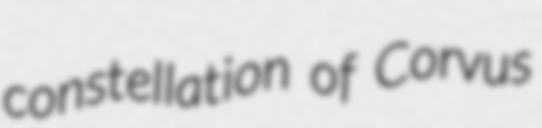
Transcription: constellation of Corvus